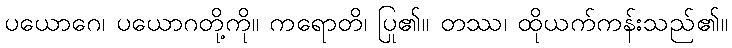
ပယောဂေ၊ ပယောဂတို့ကို။ ကရောတိ၊ ပြု၏။ တဿ၊ ထိုယက်ကန်းသည်၏။